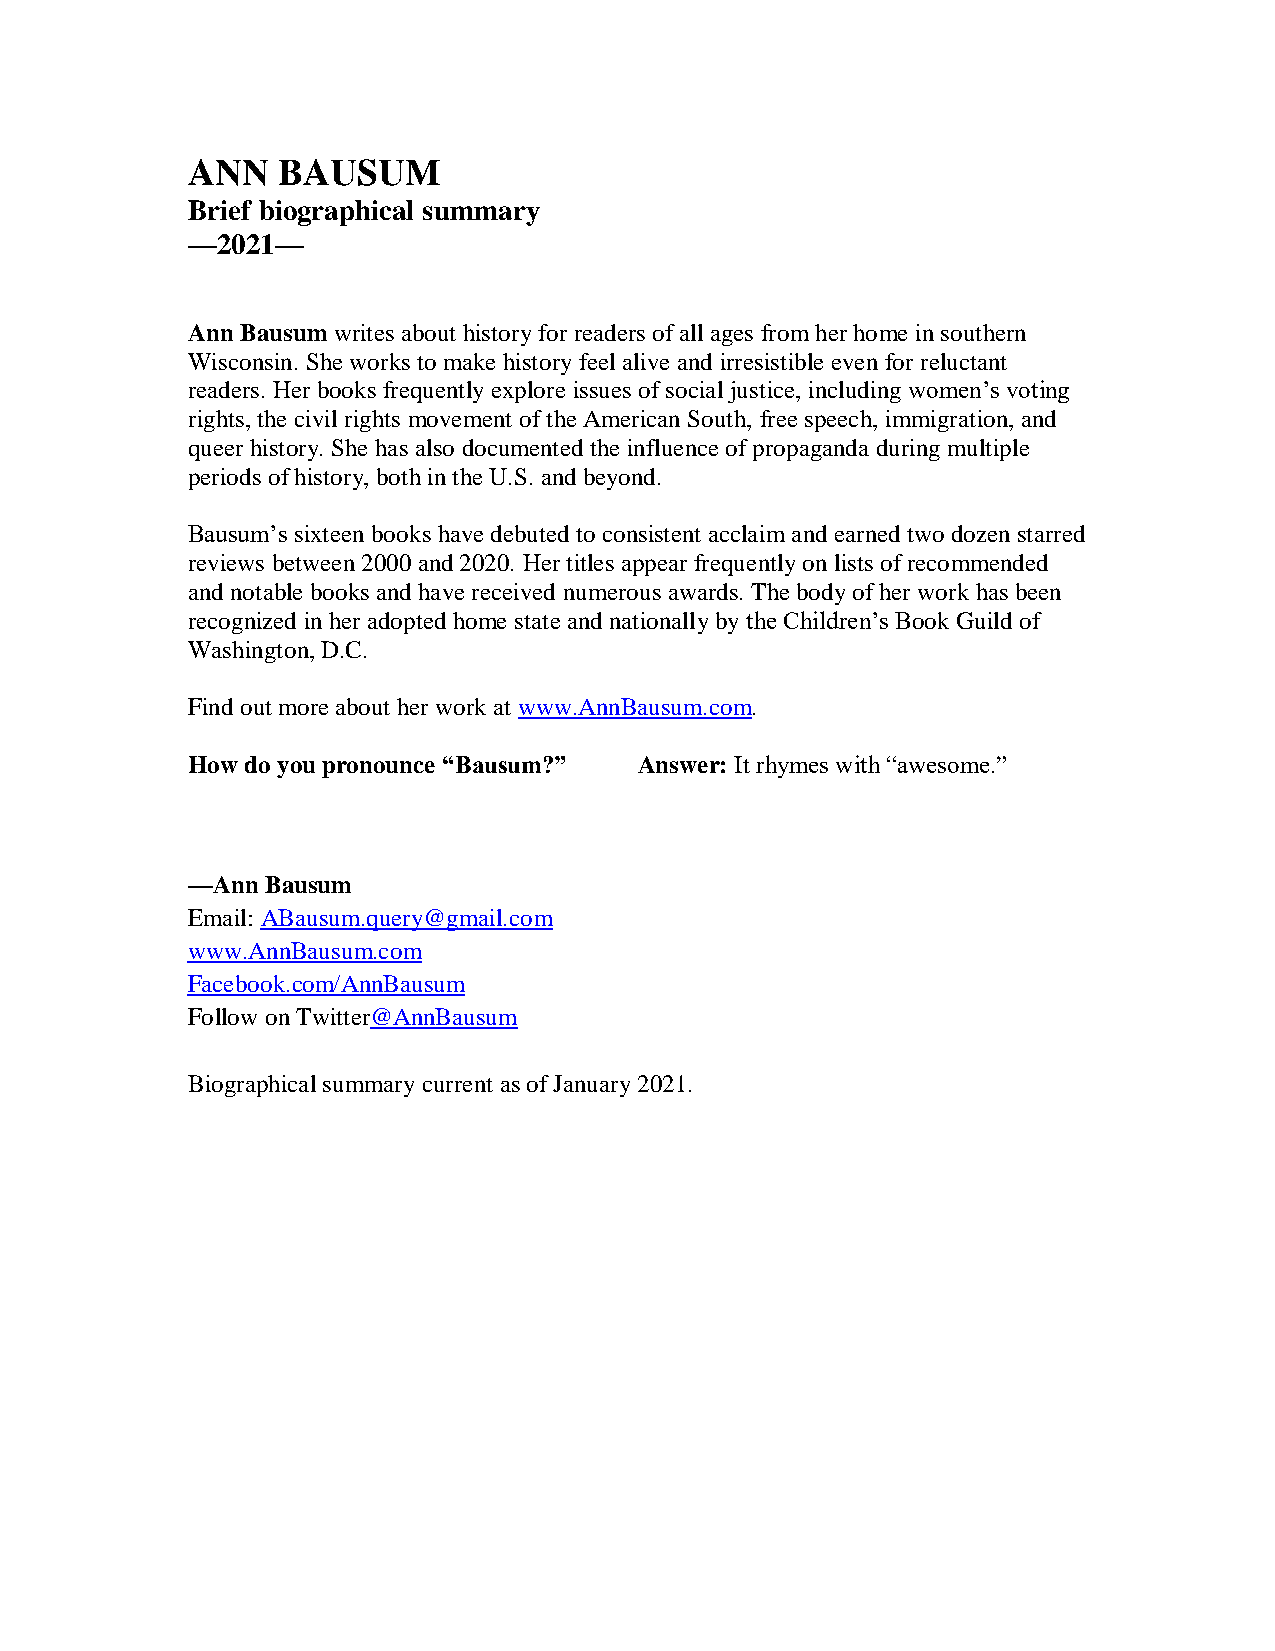
ANN   BAUSUM
 Brief biographical summary
 —2021—
 Ann Bausum writes about history for readers of all ages from her home in southern
 Wisconsin. She works to make history feel alive and irresistible even for reluctant
 readers. Her books frequently explore issues of social justice, including women’s voting
 rights, the civil rights movement of the American South, free speech, immigration, and
 queer history. She has also documented the influence of propaganda during multiple
 periods of history, both in the U.S. and beyond.
 Bausum’s sixteen books have debuted to consistent acclaim and earned two dozen starred
 reviews between 2000 and 2020. Her titles appear frequently on lists of recommended
 and notable books and have received numerous awards. The body of her work has been
 recognized in her adopted home state and nationally by the Children’s Book Guild of
 Washington, D.C.
 Find out more about her work at www.AnnBausum.com.
 How do you pronounce “Bausum?” Answer: It rhymes with “awesome.”
 —Ann  Bausum
 Email: ABausum.query@gmail.com
 www.AnnBausum.com
 Facebook.com/AnnBausum
 Follow on Twitter@AnnBausum
 Biographical summary current as of January 2021.